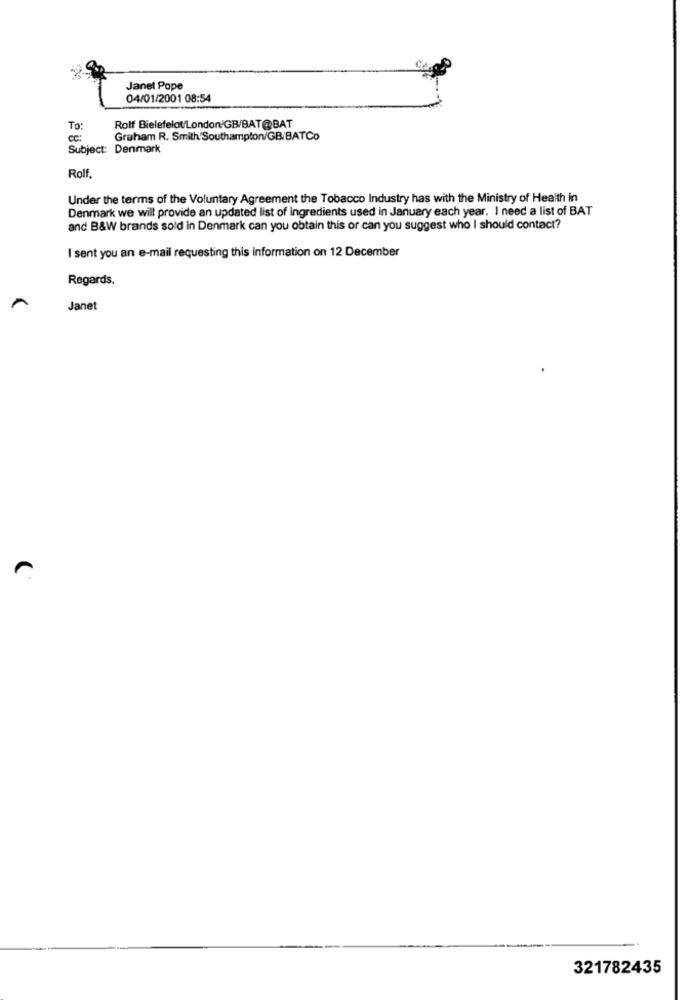
Janet Pope
04/01/2001 08:54
To:
Rolf Bielefeldt/London'GB/BAT@BAT
CC:
Graham R. Smith/Southampton/GB/BATCo
Subject: Denmark
Rolf
Under the terms of the Voluntary Agreement the Tobacco Industry has with the Ministry of Health in
Denmark we will provide an updated list of ingredients used in January each year. I need a list of BAT
and B&W brands sold in Denmark can you obtain this or can you suggest who I should contact?
I sent you an e-mail requesting this information on 12 December
Regards.
Janet
321782435